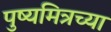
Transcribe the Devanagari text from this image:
पुष्यमित्रच्या